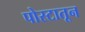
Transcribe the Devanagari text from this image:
पोस्टातून